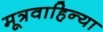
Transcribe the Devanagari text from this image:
मूत्रवाहिन्या